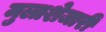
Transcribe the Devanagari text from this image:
मुलाशेजारीं